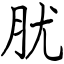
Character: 肬